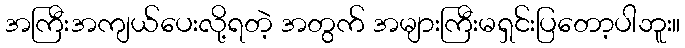
အကြီးအကျယ်ပေးလို့ရတဲ့ အတွက် အများကြီးမရှင်းပြတော့ပါဘူး။